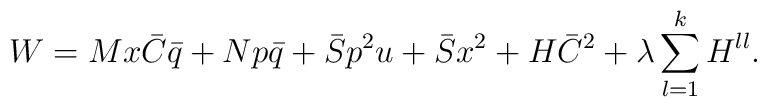
W = Mx\bar{C}\bar{q} + Np\bar{q} + \bar{S}p^2u + \bar{S}x^2 + H\bar{C}^2 + \lambda\sum_{l=1}^{k}H^{ll}.